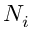
N _ { i }